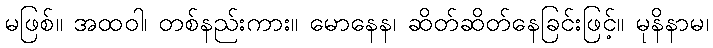
မဖြစ်။ အထဝါ၊ တစ်နည်းကား။ မောနေန၊ ဆိတ်ဆိတ်နေခြင်းဖြင့်။ မုနိနာမ၊